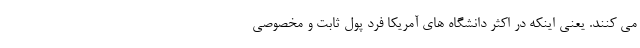
می کنند. یعنی اینکه در اکثر دانشگاه های آمریکا فرد پول ثابت و مخصوصی